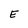
Character: E